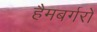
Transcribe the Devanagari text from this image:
हैमबर्गरों